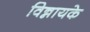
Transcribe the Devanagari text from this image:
विन्नायके